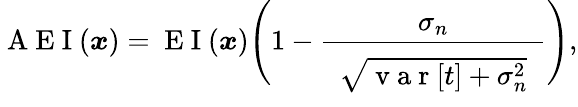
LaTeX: \mathrm{~A~E~I~}(\boldsymbol{x})=\mathrm{~E~I~}(\boldsymbol{x})\Bigg(1-\frac{\sigma_{n}}{\hphantom{e}\vphantom{\bigg|}\sqrt{\mathrm{~v~a~r~}[t]+\sigma_{n}^{2}}\hphantom{e}}\Bigg),